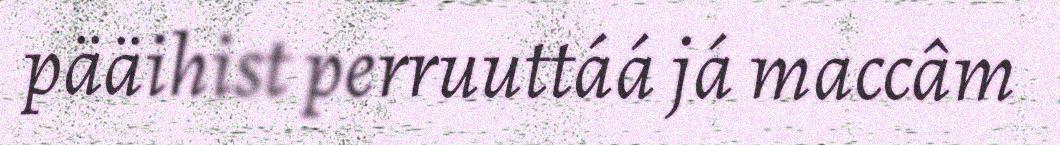
pääihist perruuttáá já maccâm